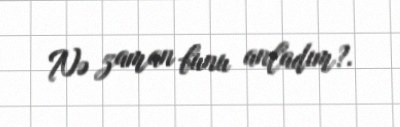
Nə zaman bunu anladım?.